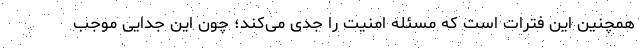
همچنین این فترات است که مسئله امنیت را جدی می‌کند؛ چون این جدایی موجب